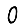
Digit: 0